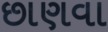
છાણવા